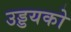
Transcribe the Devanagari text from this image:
उड्डयको